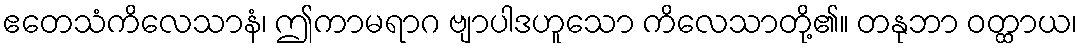
ဧတေသံကိလေသာနံ၊ ဤကာမရာဂ ဗျာပါဒဟူသော ကိလေသာတို့၏။ တနုဘာ ဝတ္ထာယ၊